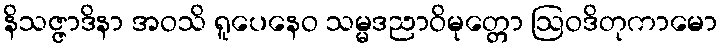
နိသဇ္ဇာဒိနာ အဝသိ ရူပေနေဝ သမ္မဒညာဝိမုတ္တော ဩဝဒိတုကာမော